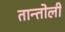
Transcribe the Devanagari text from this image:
तान्तोली